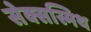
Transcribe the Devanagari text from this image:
सेक्सस्मिथ